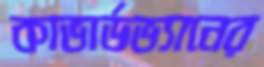
কাভার্ডভ্যানের